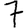
Digit: 7